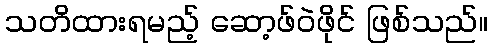
သတိထားရမည့် ဆော့ဖ်ဝဲဖိုင် ဖြစ်သည်။